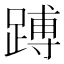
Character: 𬧅